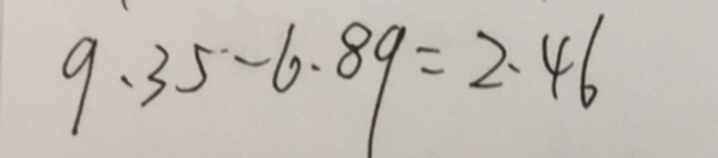
9 . 3 5 - 6 . 8 9 = 2 . 4 6